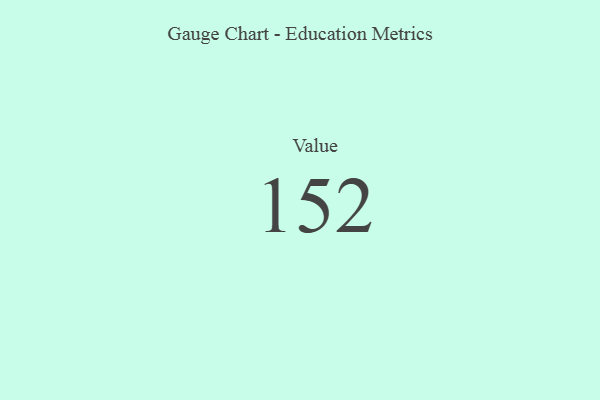
{"axis": {"x": "Metric", "y": "Value"}, "legend": [""], "data": [{"x": "Value", "y": 152, "type": ""}]}